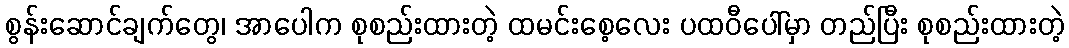
စွန်းဆောင်ချက်တွေ၊ အာပေါက စုစည်းထားတဲ့ ထမင်းစေ့လေး ပထဝီပေါ်မှာ တည်ပြီး စုစည်းထားတဲ့